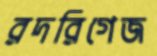
রদরিগেজ